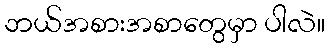
ဘယ်အစားအစာတွေမှာ ပါလဲ။